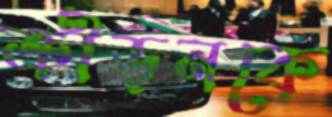
ক্রীড়নকে